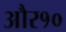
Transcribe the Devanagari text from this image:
और१०